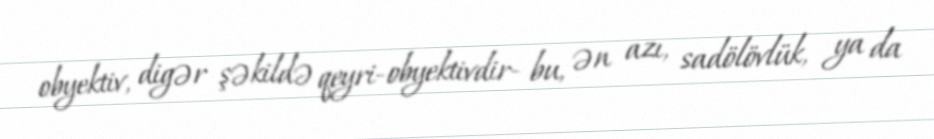
obyektiv, digər şəkildə qeyri-obyektivdir- bu, ən azı, sadölövlük, ya da